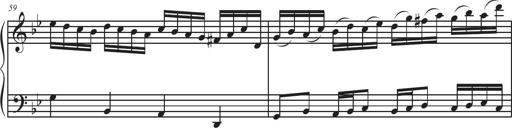
Title: Sonatina Espania
Composer: Jerald Franklin Archer
Key: Various